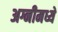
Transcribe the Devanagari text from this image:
अग्नीमध्ये